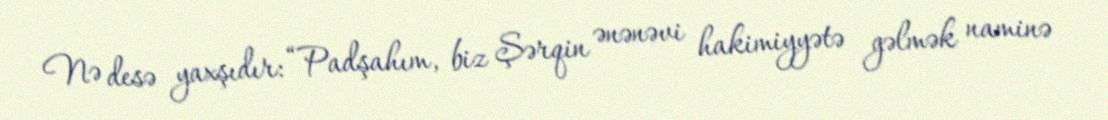
Nə desə yaxşıdır: “Padşahım, biz Şərqin ənənəvi hakimiyyətə gəlmək naminə